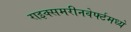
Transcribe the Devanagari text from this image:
राइक्समरीनवेर्फ्टमध्ये